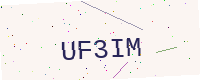
Text: UF3IM